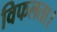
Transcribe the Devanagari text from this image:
विफलता।